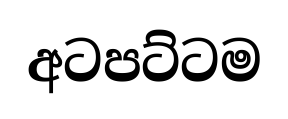
අටපට්ටම